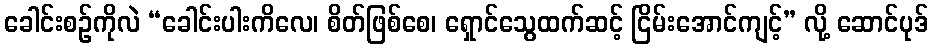
ခေါင်းစဉ်ကိုလဲ “ခေါင်းပါးကိလေ၊ စိတ်ဖြစ်စေ၊ ရှောင်သွေထက်ဆင့် ငြိမ်းအောင်ကျင့်” လို့ ဆောင်ပုဒ်